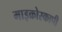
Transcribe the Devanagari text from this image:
माइक्रोस्कापी